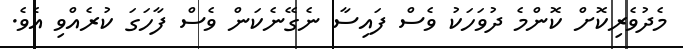
މެދުވެރިކޮށް ކޮންމެ ދުވަހަކު ވެސް ފައިސާ ނެގޭނެކަން ވެސް ފާހަގަ ކުރެއްވި އެވެ.